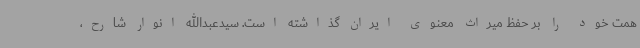
همت خود را بر حفظ میراث معنوی ایران گذاشته است. سیدعبدالله انوار شارح،